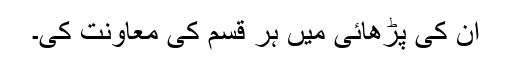
اُن کی پڑھائی میں ہر قسم کی معاونت کی۔